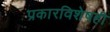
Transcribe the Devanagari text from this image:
प्रकारविशेषही